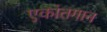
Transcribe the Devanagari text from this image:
एकांतगान